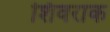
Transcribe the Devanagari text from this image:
शिवराक